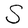
Character: S